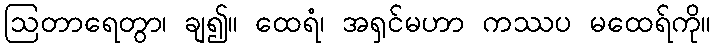
ဩတာရေတွာ၊ ချ၍။ ထေရံ၊ အရှင်မဟာ ကဿပ မထေရ်ကို။